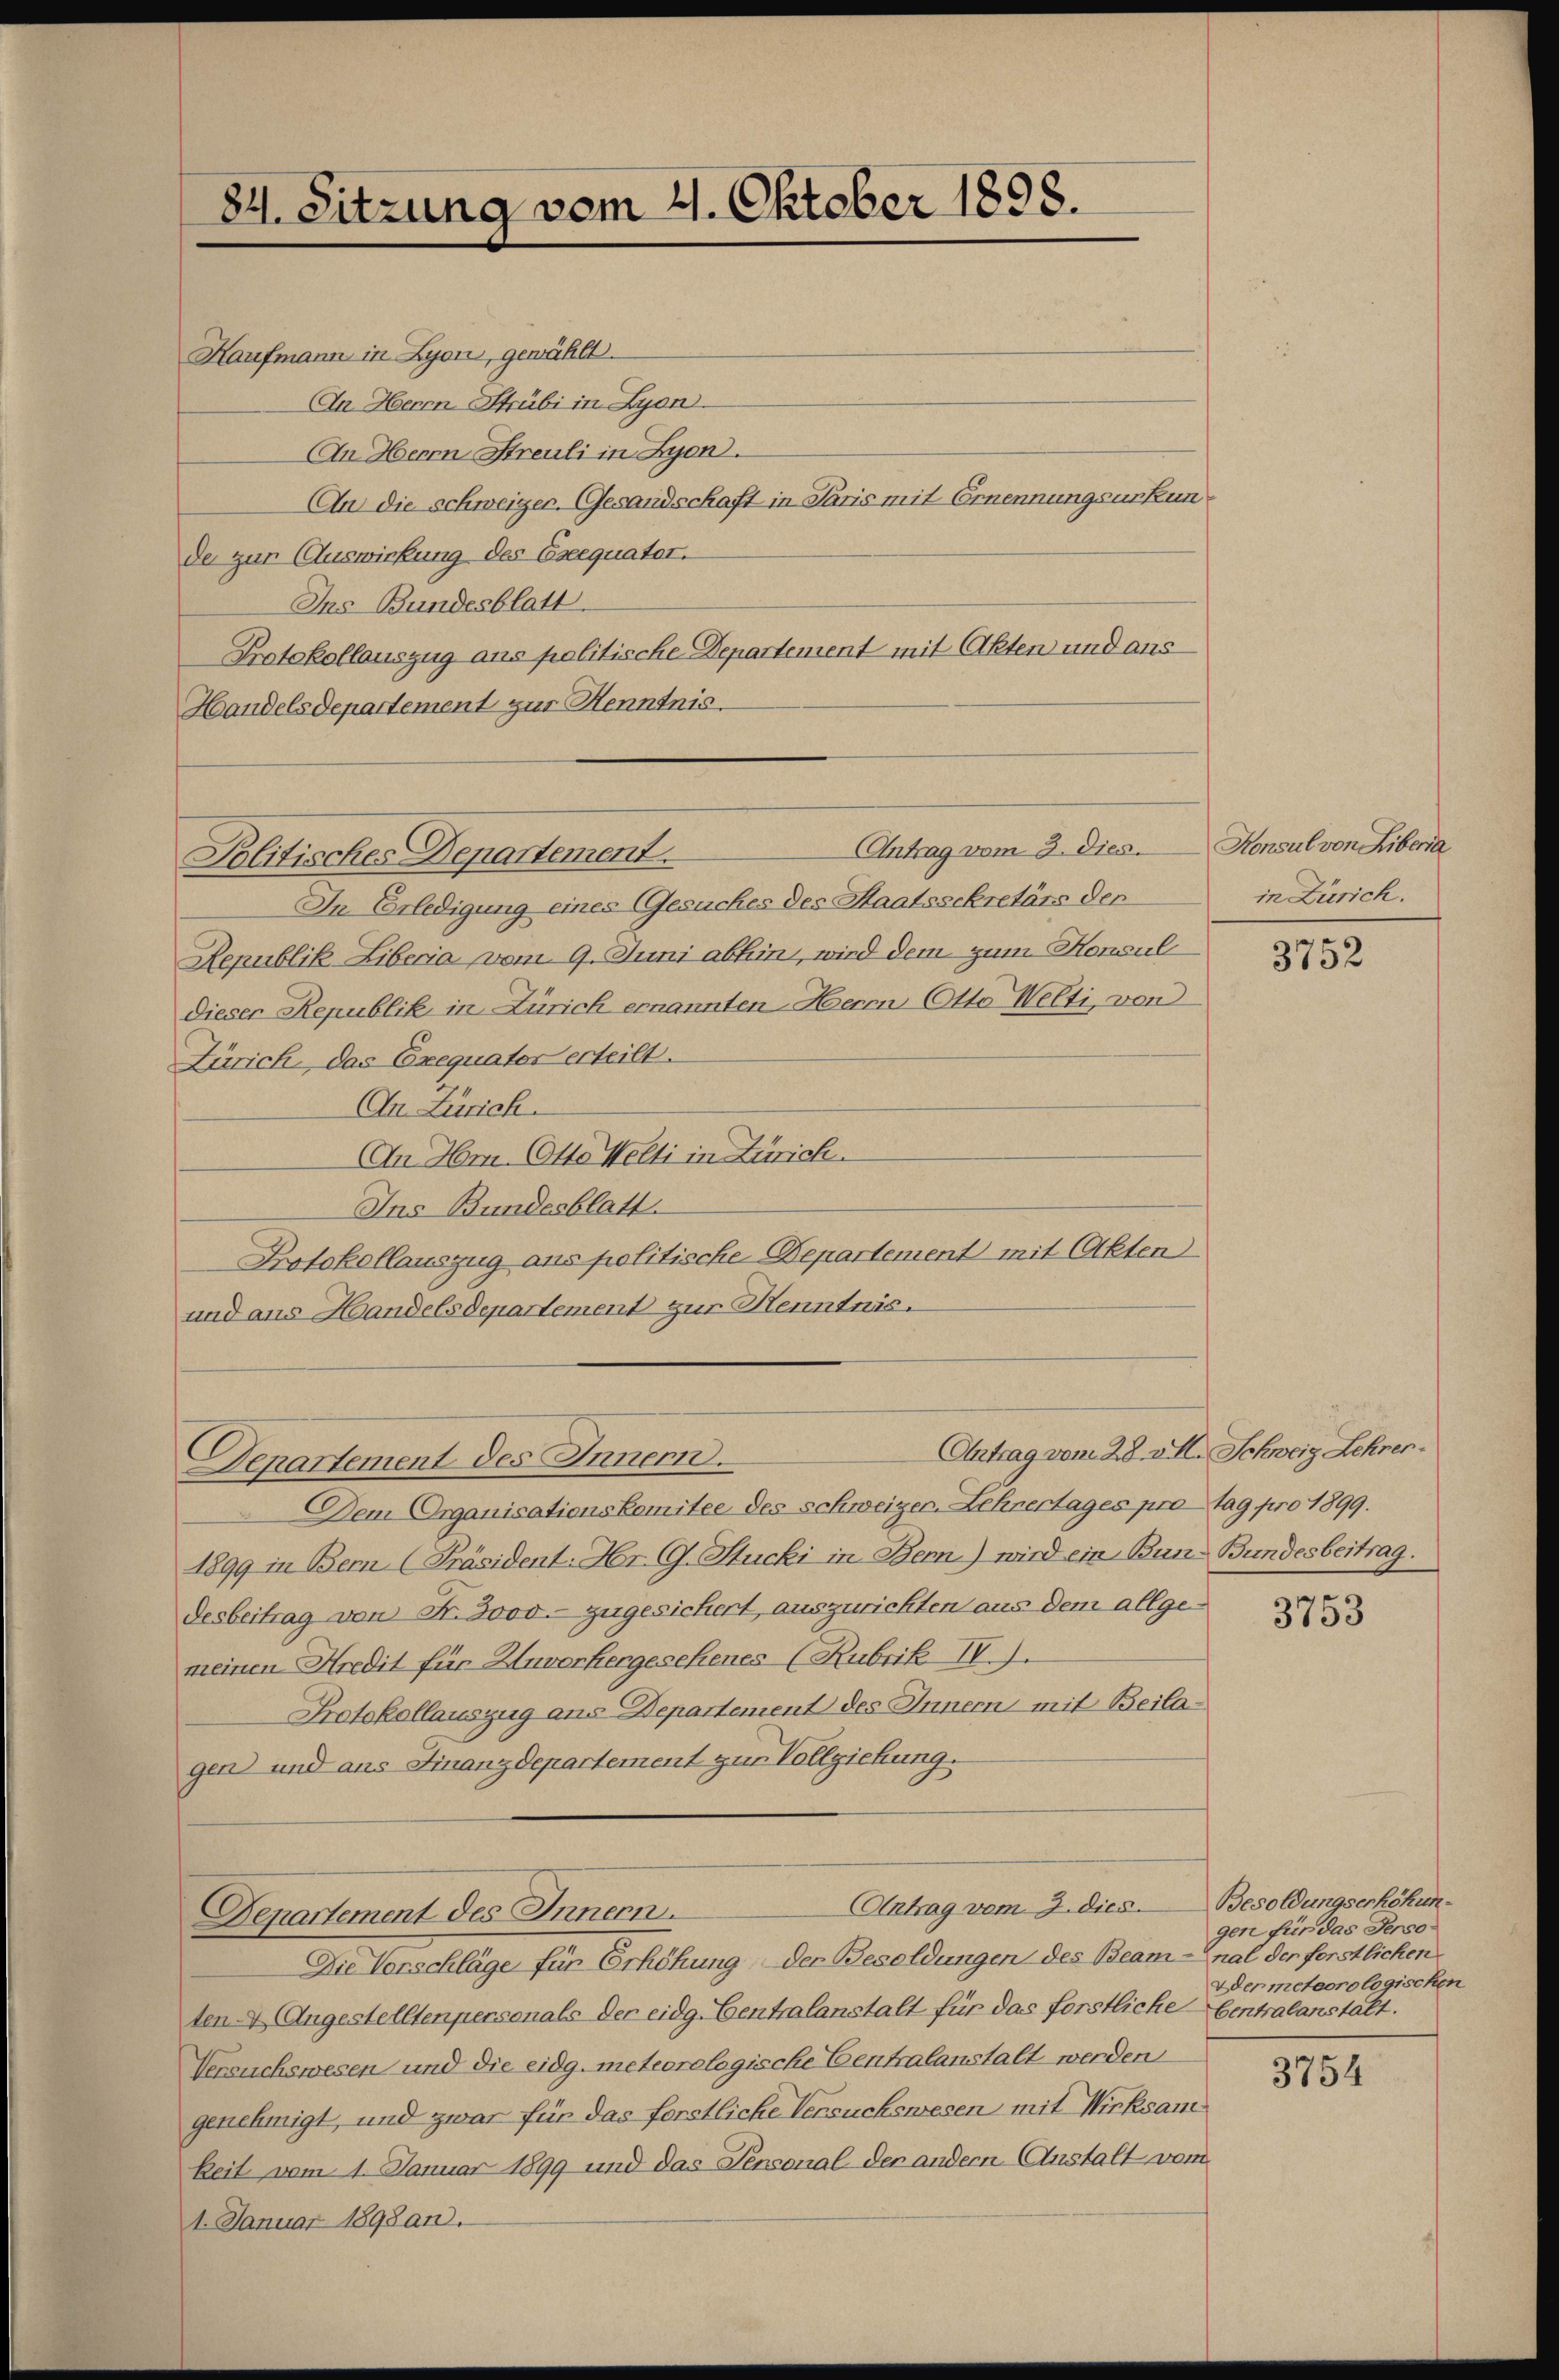
Kaufmann in Lyon, gewählt.
An Herrn Strübi in Lyon.
An Herrn Streuli in Lyon.
An die schweiger. Gesandschaft in Paris mit Ernennungsurkunde zur Auswirkung des Eseequatet.
Ins Bundesblatt.
Protokollauszug ans politische Departement mit Akten und aus
Handelsdepartement zur Kenntnis.

84. Sitzung vom 4. Oktober 1898.

Politisches Departement.

Antrag vom 3. Dies

Departement des Innern.

In Erledigung eines Gesuches des Staatssekretärs der
Republik Libecia vom 9. Juni abhin, wird dem zum Konsul
dieser Republik in Zürich ernannten Herrn Otto Welti, von
Zürich, das Exequator erteilt.
In Zürich.
An Hr. Otto Welti in Zürich.
Ins Bundesblatt.
Protokollauszug aus politische Departement mit Akten
und aus Handelsdepartement zur Henntnis.

Dem Organisationskomitee des schweizer. Lehrertages pro tag pro 1899.
1899 in Bern [Präsident: Hr. C. Stucki in Bern) wird ein Bun- Bundesbeitrag.
desbeitrag von Fr. 3000.- zugesichert, auszurichten aus dem allgemeinen Kredit für Unvorhergesehenes (Rubrik IV.).
Protokollauszug ans Departement des Innern mit Beilagen) und aus Finanzdepartement zur Vollziehung.
Antrag vom 3. dies
Departement des Innern.
Die Verschläge für Erhöhung der Besoldungen des Beam-nal der ferstlichen
ten A. Angestelltenpersonals der eidg. Centralanstalt für das forstliche Centralanstalt.
Versuchswesen und die eidg. meteorologische Centralanstalt werden
genehmigt, und zwar für das forstliche Versuchswesen mit Wirksam
keit vom 1. Januar 1899 und das Pensonal der andern Anstalt vom
1. Januar 1898 an.

Antrag vom 28. v. M. Schweiz Lehren.

Konsul von Libera
in Zürich.

3752

3753

Besoldungserhöhungen für das Perso¬
Der meteorologischen

3754